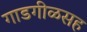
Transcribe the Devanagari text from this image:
गाडगीळसह